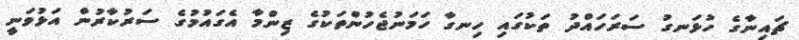
ޗައިނާގެ ހުޅަނގު ސަރަހައްދު ތަކުގައި ހިނގާ ހަމަނުޖެހުންތަކުގެ ޒިންމާ އެގައުމުގެ ސަރުކާރުން އަޅުވަނީ